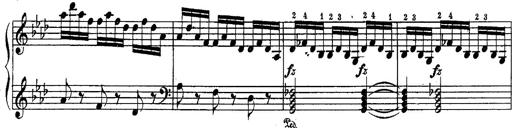
Title: Schubert's Impromptus [revised and edited by Franz Liszt]
Composer: Franz Liszt